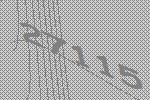
27115